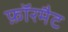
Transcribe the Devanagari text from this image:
फ़ॉरमैट